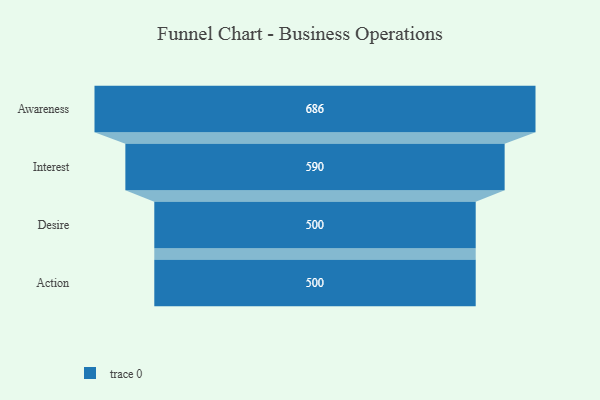
{"axis": {"x": "Stage", "y": "Value"}, "legend": [""], "data": [{"x": "Awareness", "y": 686.0, "type": ""}, {"x": "Interest", "y": 590.0, "type": ""}, {"x": "Desire", "y": 500, "type": ""}, {"x": "Action", "y": 500, "type": ""}]}